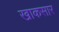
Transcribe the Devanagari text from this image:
खाकसार